General report no. 6 on the lunatic asylums, vaccination and dispensaries in the Bengal Presidency, 1873 -
Year: 1873
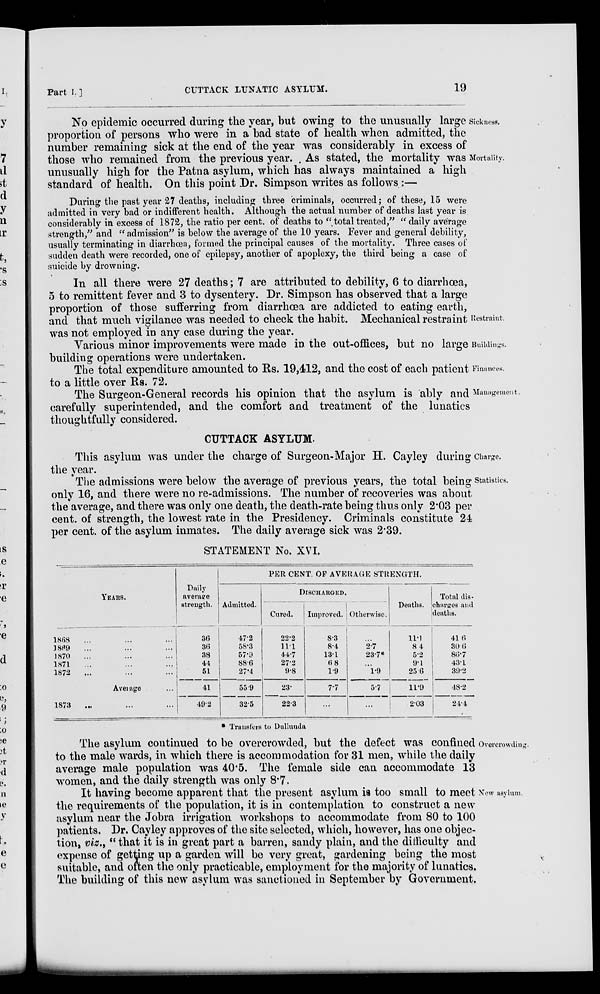
Part I. ]
CUTTACK LUNATIC ASYLUM.
19
Sickness.
Mortality.
No epidemic occurred during the year, but owing to the unusually large
proportion of persons who were in a bad state of health when admitted, the
number remaining sick at the end of the year was considerably in excess of
those who remained from the previous year. As stated, the mortality was
unusually high for the Patna asylum, which has always maintained a high
standard of health. On this point Dr. Simpson writes as follows :—
During the past year 27 deaths, including three criminals, occurred; of these, 15 were
admitted in very bad or indifferent health. Although the actual number of deaths last year is
considerably in excess of 1872, the ratio per cent. of deaths to "total treated," "daily average
strength," and " admission" is below the average of the 10 years. Fever and general debility,
usually terminating in diarrhœa, formed the principal causes of the mortality. Three cases of
sudden death were recorded, one of epilepsy, another of apoplexy, the third being a case of
suicide by drowning.
Restraint.
In all there were 27 deaths ; 7 are attributed to debility, 6 to diarrhœa,
5 to remittent fever and 3 to dysentery. Dr. Simpson has observed that a large
proportion of those sufferring from diarrhœa are addicted to eating earth,
and that much vigilance was needed to check the habit. Mechanical restraint
was not employed in any case during the year.
Buildings.
Various minor improvements were made in the out-offices, but no large
building operations were undertaken.
Finances.
The total expenditure amounted to Rs. 19,412, and the cost of each patient
to a little over Rs. 72.
Management.
The Surgeon-General records his opinion that the asylum is ably and
carefully superintended, and the comfort and treatment of the lunatics
thoughtfully considered.
CUTTACK ASYLUM.
Charge.
This asylum was under the charge of Surgeon-Major H. Cayley during
the year.
Statistics.
The admissions were below the average of previous years, the total being
only 16, and there were no re-admissions. The number of recoveries was about
the average, and there was only one death, the death-rate being thus only 2.03 per
cent. of strength, the lowest rate in the Presidency. Criminals constitute 24
per cent. of the asylum inmates. The daily average sick was 2.39.
STATEMENT No. XVI.
YEARS.
1868 ... ... ...
1869 ... ... ...
1870 ... ... ...
1871 ... ... ...
1872 ... ... ...
Average ...
1873 ... ... ...
Daily
average
strength.
36
36
38
44
51
41
49.2
PER CENT. OF AVERAGE STRENGTH.
Admitted.
47.2
58.3
57.9
88.6
27.4
55.9
32.5
DISCHARGED.
Cured.
22.2
11.1
44.7
27.2
9.8
23.
22.3
Improved.
8.3
8.4
13.1
6.8
1.9
7.7
...
Otherwise.
...
2.7
23.7*
...
1.9
5.7
...
Deaths.
11.1
8.4
5.2
9.1
25.6
11.9
2.03
Total dis-
charges and
deaths.
41.6
30.6
86.7
43.1
39.2
48.2
24.4
* Transfers to Dullunda
Overcrowding.
The asylum continued to be overcrowded, but the defect was confined
to the male wards, in which there is accommodation for 31 men, while the daily
average male population was 40.5. The female side can accommodate 13
women, and the daily strength was only 8.7.
New asylum.
It having become apparent that the present asylum is too small to meet
the requirements of the population, it is in contemplation to construct a new
asylum near the Jobra irrigation workshops to accommodate from 80 to 100
patients. Dr. Cayley approves of the site selected, which, however, has one objec-
tion, viz., " that it is in great part a barren, sandy plain, and the difficulty and
expense of getting up a garden will be very great, gardening being the most
suitable, and often the only practicable, employment for the majority of lunatics.
The building of this new asylum was sanctioned in September by Government.